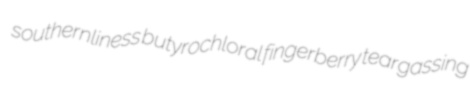
southernliness butyrochloral fingerberry teargassing